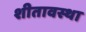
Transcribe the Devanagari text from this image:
शीतावस्था